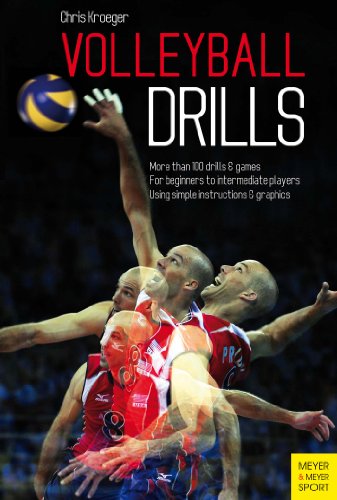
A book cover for Volleyball Drills; Dr. Chris Kroeger; Sports & Outdoors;